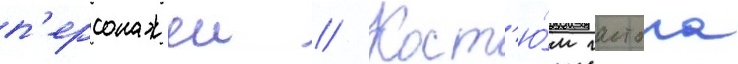
п'ерсонажеи // Кост'ю́м гастона